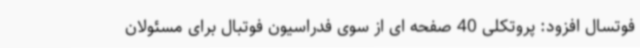
فوتسال افزود: پروتکلی 40 صفحه ای از سوی فدراسیون فوتبال برای مسئولان